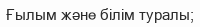
Ғылым және білім туралы;